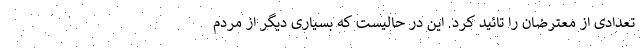
تعدادی از معترضان را تائید کرد. این در حالیست که بسیاری دیگر از مردم